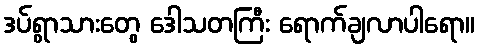
ဒပ်ရွာသားတွေ ဒေါသတကြီး ရောက်ချလာပါရော။